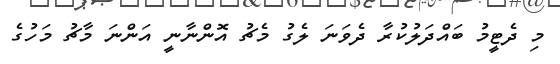
މި ދެޓީމު ބައްދަލުކުރާ ދެވަނަ ލެގު މެޗު އޮންނާނީ އަންނަ މާޗު މަހުގެ